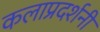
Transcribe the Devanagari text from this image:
कलाप्रदर्शनी